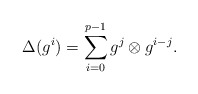
\begin{align*} \Delta(g^i)=\sum_{i=0}^{p-1} g^j\otimes g^{i-j}. \end{align*}